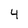
Character: 4